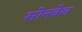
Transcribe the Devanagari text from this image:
सोनवेल